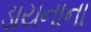
ડાયનાના